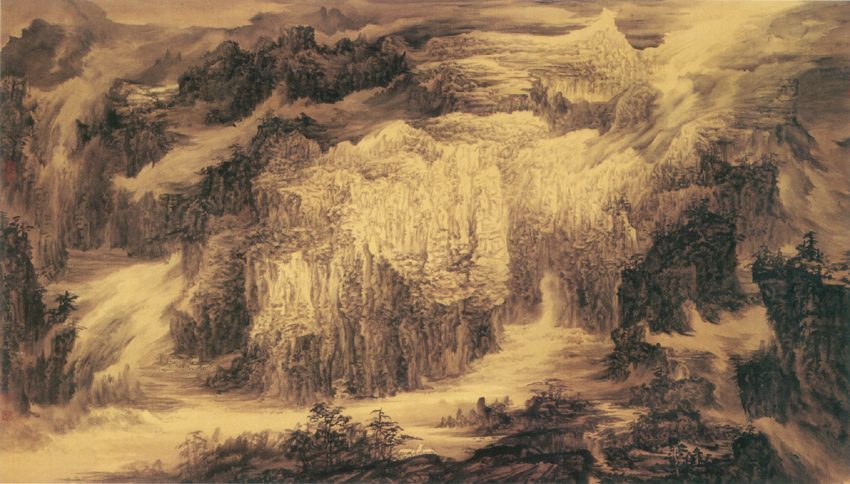
俯皇都之宏丽兮，瞰云霞之浮动。